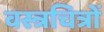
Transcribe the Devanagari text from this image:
वस्त्रचित्रों